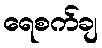
ရေစက်ချ